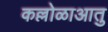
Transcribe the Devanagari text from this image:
कल्लोळाआतु